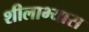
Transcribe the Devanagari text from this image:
शीलाभ्यास